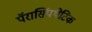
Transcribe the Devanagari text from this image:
पॅरासिंपथेटिक